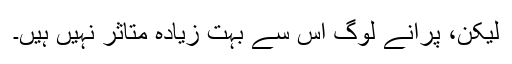
لیکن، پرانے لوگ اس سے بہت زیادہ متاثر نہیں ہیں۔